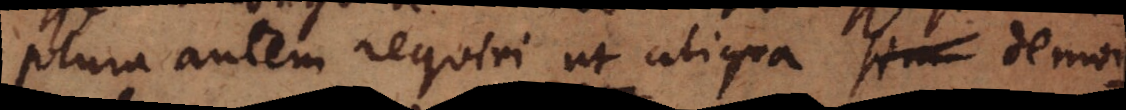
Plura autem requiri ut aliqua demon